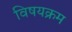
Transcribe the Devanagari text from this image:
विषयक्रम